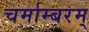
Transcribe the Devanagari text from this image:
चर्माम्बरम्